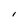
Character: l